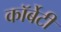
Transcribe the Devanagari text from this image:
कॉर्बेटी